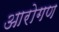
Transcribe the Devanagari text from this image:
आरोगण